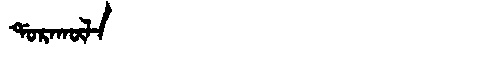
Manchu: ᡩᠣᡵᠠᡴᡡᠯᠠ
Romanization: DORAKŪLA